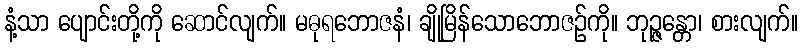
နံ့သာ ပျောင်းတို့ကို ဆောင်လျက်။ မဓုရဘောဇနံ၊ ချိုမြိန်သောဘောဇဉ်ကို။ ဘုဉ္ဇန္တော၊ စားလျက်။